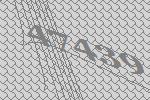
47439